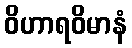
ဝိဟာရဝိမာနံ